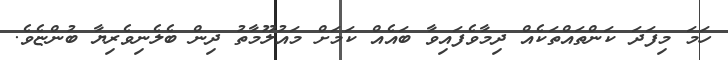
ހަމަ މިފަދަ ކަންތައްތަކެއް ދިމާވެފައިވާ ބައެއް ކަމަށް މައުލޫމާތު ދިން ބެލެނިވެރިޔާ ބުންޏެވެ.